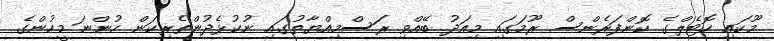
މޫކައި ހޮޓެލްގެ ކޮންފަރެންސް ރޫމަގައި މިއަދު ބޭއްވި ރަސްމިއްޔާތުގައި ނުކުޅެދުންތެރިކަން ހުންނަ މީހުންގެ